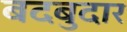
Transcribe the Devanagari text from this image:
बदबुदार